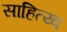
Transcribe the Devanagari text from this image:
साहित्य्व